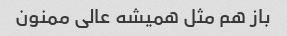
باز هم مثل همیشه عالی ممنون